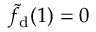
\tilde { f } _ { \mathrm { d } } ( 1 ) = 0